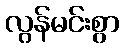
လွန်မင်းစွာ